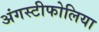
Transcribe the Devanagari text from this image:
अंगस्टीफोलिया